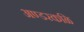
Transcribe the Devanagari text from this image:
अण्डरकळि